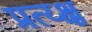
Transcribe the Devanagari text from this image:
प्रत्य्क्ष